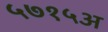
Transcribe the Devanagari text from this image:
५७१५अ